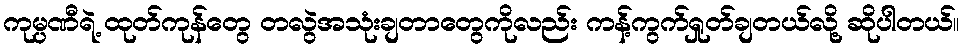
ကုမ္ပဏီရဲ့ ထုတ်ကုန်တွေ တလွဲအသုံးချတာတွေကိုလည်း ကန့်ကွက်ရှုတ်ချတယ်လို့ ဆိုပါတယ်။